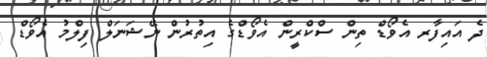
ދެ އައިފާރ އެވޯޑް ތިން ސްކްރީން އެވޯޑްގެ އިތުރުން ނޭޝަނަލް ފިލްމު އެވޯޑް